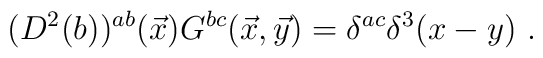
(D^2(b))^{ab}({\vec x})G^{bc}(\vec x,\vec y)=\delta^{ac}\delta^3(x-y)~.